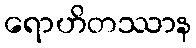
ရောဟိတဿာန